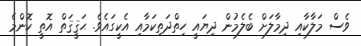
ވެސް މަލާކާއި ދިމާލަށް ބެލެމުން ދިޔައީ ހިތްދަތިކަމާއި އެކީގައެވެ. ޙަޤީޤަތް އޮތީ ކޮންމެ